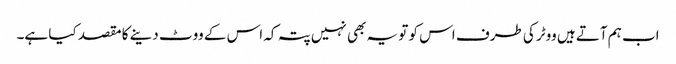
اب ہم آتے ہیں ووٹر کی طرف اس کو تو یہ بھی نہیں پتہ کہ اس کے ووٹ دینے کا مقصد کیا ہے۔